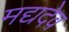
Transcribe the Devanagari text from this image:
मद्यदेव